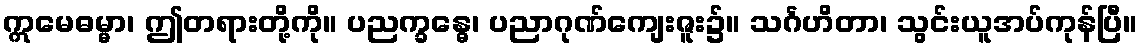
ဣမေဓမ္မာ၊ ဤတရားတို့ကို။ ပညက္ခန္ဓေ၊ ပညာဂုဏ်ကျေးဇူး၌။ သင်္ဂဟိတာ၊ သွင်းယူအပ်ကုန်ပြီ။